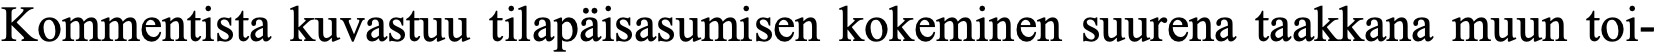
Kommentista kuvastuu tilapäisasumisen kokeminen suurena taakkana muun toi-